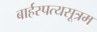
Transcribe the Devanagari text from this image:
बार्हस्पत्यसूत्रम